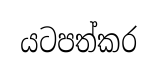
යටපත්කර